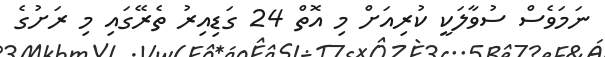
ނަމަވެސް ސުވާލަކީ ކުރިއަށް މި އޮތް 24 ގަޑިއިރު ތެރޭގައި މި ރަށުގެ